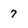
Character: 7